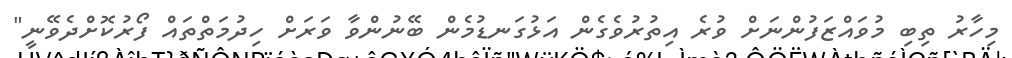
މިހާރު ތިބި މުވައްޒަފުންނަށް ވުރެ އިތުރުވެގެން އަޅުގަނޑުމެން ބޭނުންވާ ވަރަށް ހިދުމަތްތައް ފޯރުކޮށްދެވޭނީ"